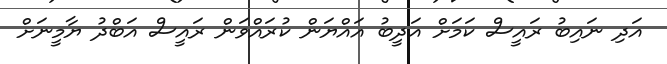
އަދި ނައިބު ރައީސް ކަމަށް އަދީބު އައްޔަން ކުރައްވަން ރައީސް އަބްދު ޔާމީނަށް